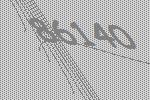
86140